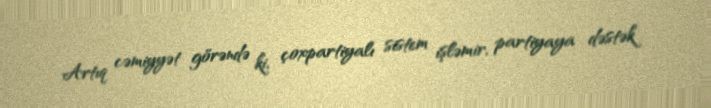
Artıq cəmiyyət görəndə ki, çoxpartiyalı sistem işləmir, partiyaya dəstək